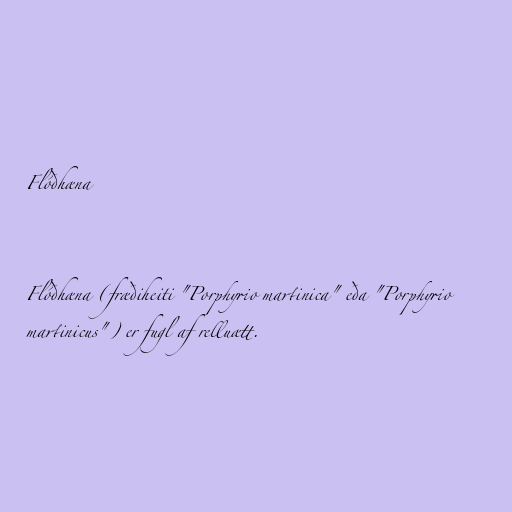
Flóðhæna

Flóðhæna (fræðiheiti "Porphyrio martinica" eða "Porphyrio
martinicus") er fugl af relluætt.